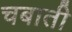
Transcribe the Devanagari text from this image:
चबाती